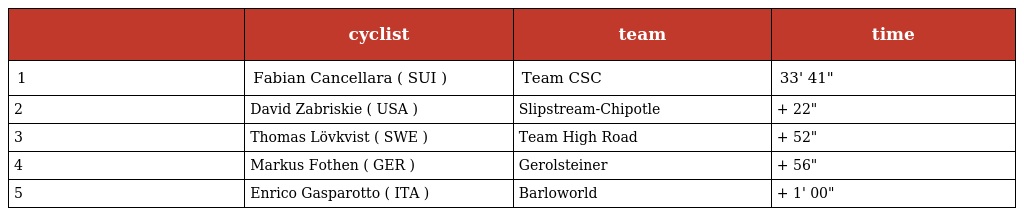
|  | cyclist | team | time |
 | --- | --- | --- | --- |
 | 1 | Fabian Cancellara ( SUI ) | Team CSC | 33' 41" |
 | 2 | David Zabriskie ( USA ) | Slipstream-Chipotle | + 22" |
 | 3 | Thomas Lövkvist ( SWE ) | Team High Road | + 52" |
 | 4 | Markus Fothen ( GER ) | Gerolsteiner | + 56" |
 | 5 | Enrico Gasparotto ( ITA ) | Barloworld | + 1' 00" |